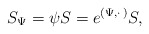
\begin{align*} S_{\Psi}=\psi S=e^{(\Psi ,\cdot\, )}S,\end{align*}